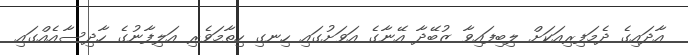
އާދައިގެ ދެމަފިރިއަކަށް ލިބިފައިވާ ޒުބޭދާ އޭނާގެ އަވަށުގައި ހިނގި ހިތާމަވެރި އަލިފާނުގެ ހާދިސާއެއްގައި